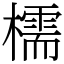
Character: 檽